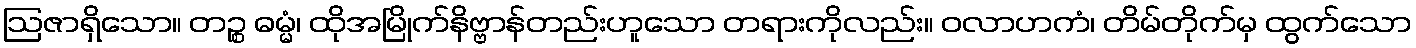
ဩဇာရှိသော။ တဉ္စ ဓမ္မံ၊ ထိုအမြိုက်နိဗ္ဗာန်တည်းဟူသော တရားကိုလည်း။ ဝလာဟကံ၊ တိမ်တိုက်မှ ထွက်သော